Civil Veterinary Department. Central Provinces & Berar 1925-31 - 1925-1931
Year: 1925
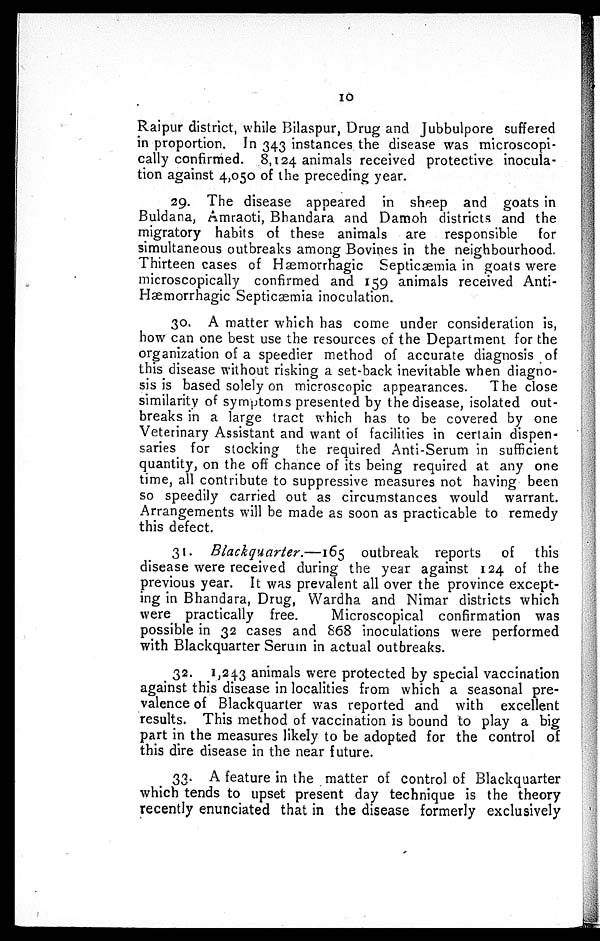
10
Raipur district, while Bilaspur, Drug and Jubbulpore suffered
in proportion. In 343 instances the disease was microscopi-
cally confirmed. 8,124 animals received protective inocula-
tion against 4,050 of the preceding year.
29. The disease appeared in sheep and goats in
Buldana, Amraoti, Bhandara and Damoh districts and the
migratory habits of these animals are responsible
for
simultaneous outbreaks among Bovines in the neighbourhood.
Thirteen cases of Hæmorrhagic Septicæmia in goats were
microscopically confirmed and 159 animals received Anti¬
Hæmorrhagic Septicæmia inoculation.
30. A matter which has come under consideration is,
how can one best use the resources of the Department for the
organization of a speedier method of accurate diagnosis of
this disease without risking a set-back inevitable when diagno-
sis is based solely on microscopic appearances.
The close
similarity of symptoms presented by the disease, isolated out-
breaks in a large tract which has to be covered by one
Veterinary Assistant and want of facilities in certain dispen-
saries for stocking the required Anti-Serum in sufficient
quantity, on the off chance of its being required at any one
time, all contribute to suppressive measures not having been
so speedily carried out as circumstances would warrant.
Arrangements will be made as soon as practicable to remedy
this defect.
31. Blackquarter.—165
outbreak reports
of
this
disease were received during the year against 124 of the
previous year. It was prevalent all over the province except-
ing in Bhandara, Drug, Wardha and Nimar districts which
were practically free.
Microscopical confirmation was
possible in 32 cases and 868 inoculations were performed
with Blackquarter Serum in actual outbreaks.
32. 1,243 animals were protected by special vaccination
against this disease in localities from which a seasonal pre-
valence of Blackquarter was reported and with excellent
results. This method of vaccination is bound to play a big
part in the measures likely to be adopted for the control of
this dire disease in the near future.
33. A feature in the matter of control of Blackquarter
which tends to upset present day technique is the theory
recently enunciated that in the disease formerly exclusively